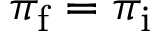
\pi _ { \mathrm { f } } = \pi _ { \mathrm { i } }